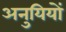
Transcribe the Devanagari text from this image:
अनुयियों